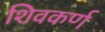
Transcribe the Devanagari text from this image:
शिवकर्ण